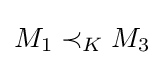
M_{1}\prec _{K}M_{3}